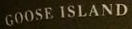
GOOSE ISLAND